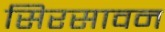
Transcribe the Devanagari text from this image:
सिरसावन